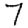
Digit: 7